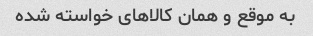
به موقع و همان کالا‌های خواسته شده